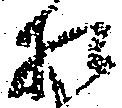
相